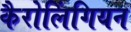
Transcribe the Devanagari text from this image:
कैरोलिंगियन